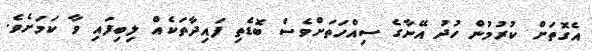
އެގޮތަށް ކުރުމުން ހުދު އޭނާގެ ސިއްހަތަށްވެސް ބޮޑެތި ފައިދާތަކެއް ލިބިފައި ވާ ކަމަށެވެ.